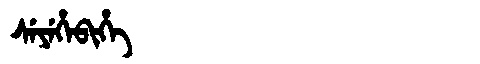
Manchu: ᠰᡝᠶᡝᡥᡝᠪᡳᡥᡝ
Romanization: SEYEHEBIHE